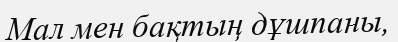
Мал мен бақтың дұшпаны,